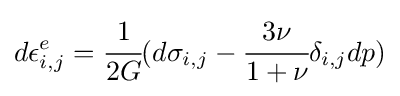
d\epsilon _{i,j}^{e}={\cfrac {1}{2G}}(d{\sigma }_{i,j}-{\cfrac {3\nu }{1+{\nu }}}{\delta }_{i,j}dp)